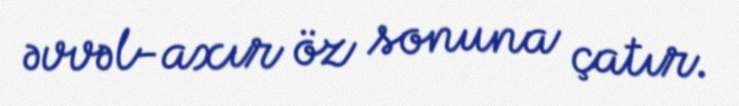
əvvəl-axır öz sonuna çatır.